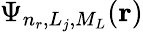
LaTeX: \Psi_{n_{r},L_{j},M_{L}}(\mathbf{r})